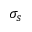
\sigma _ { s }